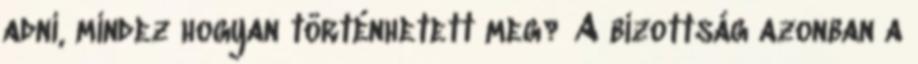
adni, mindez hogyan történhetett meg? A bizottság azonban a